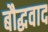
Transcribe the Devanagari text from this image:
बौद्धवाद